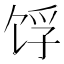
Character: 𬲺